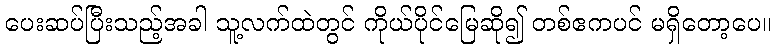
ပေးဆပ်ပြီးသည့်အခါ သူ့လက်ထဲတွင် ကိုယ်ပိုင်မြေဆို၍ တစ်ဧကပင် မရှိတော့ပေ။